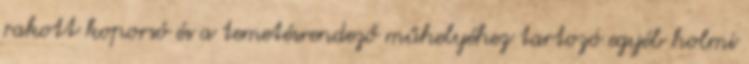
rakott koporsó és a temetésrendező műhelyéhez tartozó egyéb holmi